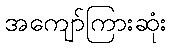
အကျော်ကြားဆုံး